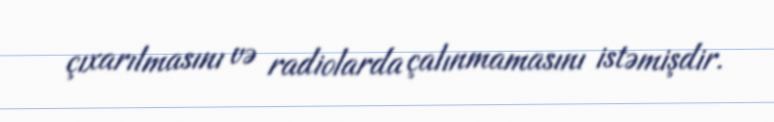
çıxarılmasını və radiolarda çalınmamasını istəmişdir.